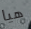
هيا